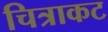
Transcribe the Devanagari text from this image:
चित्राकट